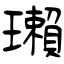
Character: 瓎